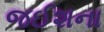
જઈશના